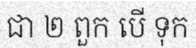
ជា ២ ពួក បើ ទុក